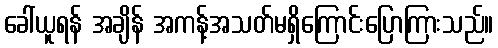
ခေါ်ယူရန် အချိန် အကန့်အသတ်မရှိကြောင်းပြောကြားသည်။